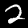
Label: 2